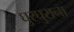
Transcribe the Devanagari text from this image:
घुरघुराना